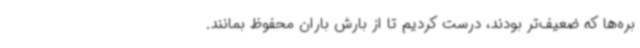
بره‌ها که ضعیف‌تر بودند، درست کردیم تا از بارش باران محفوظ بمانند.